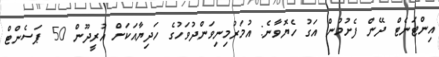
އިންޓަނެޓް ދޭން ފެށުމުން އަގު ހެޔޮވާނެ: އުމަރުމިނިވަންދުވަހުގެ ހަދިޔާއަކަށް އުރީދޫން 50 ޕަސެންޓް